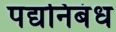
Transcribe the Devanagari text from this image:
पद्यनिबंध